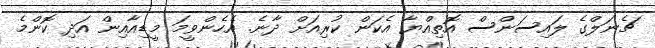
ޗެނަލްގެ ލައިސަންސް އޮތިއްޔާ އެކަން ކުރިއަށް ދާނެ. އެހެންވީމަ މީޑިއާއިން އަދި ކޮންމެ